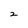
Character: 2